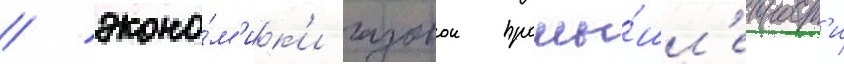
/ эконо́м'ик'и газовои промы́шл'енност'и